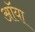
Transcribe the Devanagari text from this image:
ऑया